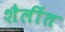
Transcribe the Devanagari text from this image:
शैलींत